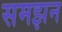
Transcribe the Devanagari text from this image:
समझन